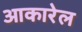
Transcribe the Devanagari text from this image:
आकारेल